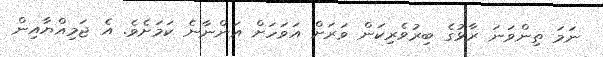
ނަމަ ތިންވަނަ ރާޅުގެ ބިރުވެރިކަން ވަރަށް އަވަހަށް އަންނާނެ ކަމަށެވެ. އެ ޖަމިއްޔާއިން